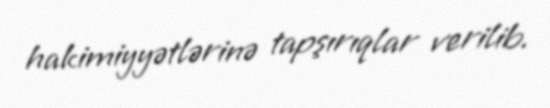
hakimiyyətlərinə tapşırıqlar verilib.